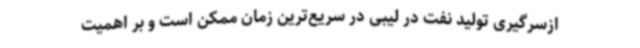
ازسرگیری تولید نفت در لیبی در سریع‌ترین زمان ممکن است و بر اهمیت